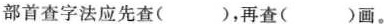
部首查字法应先查( )，再查( )画。